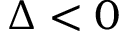
\Delta < 0